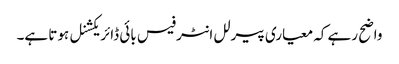
واضح رہے کہ معیاری پیرلل انٹرفیس بائی ڈائریکشنل ہوتا ہے۔